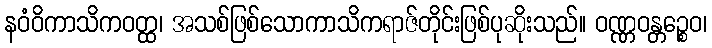
နဝံဝိကာသိကဝတ္ထ၊ အသစ်ဖြစ်သောကာသိကရာဇ်တိုင်းဖြစ်ပုဆိုးသည်။ ဝဏ္ဏဝန္တဉ္စေဝ၊